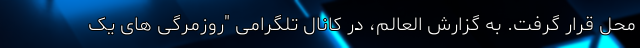
محل قرار گرفت. به گزارش العالم، در کانال تلگرامی "روزمرگی ‌های یک